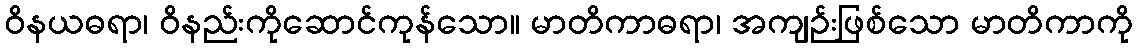
ဝိနယဓရာ၊ ဝိနည်းကိုဆောင်ကုန်သော။ မာတိကာဓရာ၊ အကျဉ်းဖြစ်သော မာတိကာကို